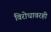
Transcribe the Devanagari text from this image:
विरोधावरही